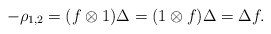
\begin{align*}-\rho_{1,2}=(f\otimes 1)\Delta=(1\otimes f)\Delta=\Delta f.\end{align*}